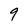
Character: 9